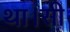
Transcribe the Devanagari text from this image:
था।सी